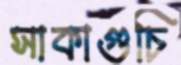
সাকাগুচি